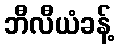
ဘီလီယံခန့်